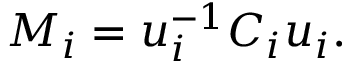
M _ { i } = u _ { i } ^ { - 1 } C _ { i } u _ { i } .